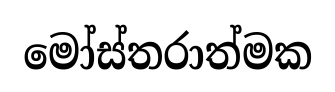
මෝස්තරාත්මක